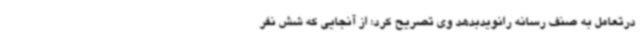
درتعامل به صنف رسانه رانویدبدهد وی تصریح کرد: از آنجایی که شش نفر